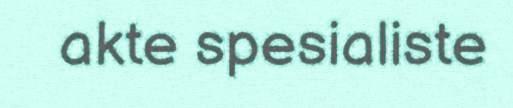
akte spesialiste